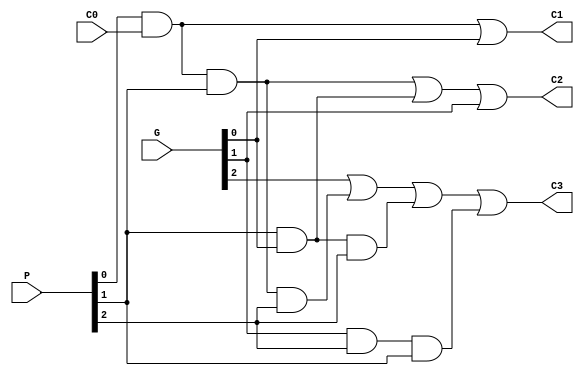
module carry_generator(
	output C1,C2,C3,
	input C0,
	input[2:0] P,G
);
	wire w1,w2,w3,w4,w5,w6;
	and G1(w1,P[0],C0,P[1],P[2]);
	and G2(w2,G[0],P[1],P[2]);
	and G3(w3,G[1],P[2],P[1]);
	and G4(w4,P[0],C0,P[1]);
	and G5(w5,P[1],G[0]);
	and G6(w6,C0,P[0]);
	or G7(C3,G[2],w1,w2,w3);
	or G8(C2,w4,w5,G[1]);
	or G9(C1,w6,G[0]);
endmodule